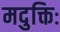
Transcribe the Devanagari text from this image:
मदुक्तिः